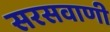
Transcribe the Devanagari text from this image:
सरसवाणी